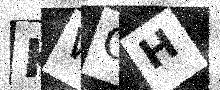
Text: KWOH